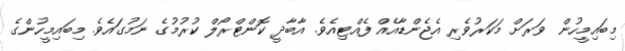
މިބައިމީހުން ވަރަށް މަކަރުވެރި އެޖެންޑާއެއް ފެއްޓިއެވެ. އާބާދީ ކޮންޓްރޯލް ކުރުމުގެ ނަމުގައެވެ. މިބައިމީހުންގެ